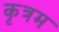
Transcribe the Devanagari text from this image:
कृत्रम